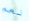
نعم